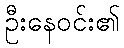
ဦးနေဝင်း၏